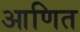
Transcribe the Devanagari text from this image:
आणित